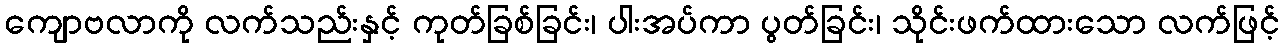
ကျောဗလာကို လက်သည်းနှင့် ကုတ်ခြစ်ခြင်း၊ ပါးအပ်ကာ ပွတ်ခြင်း၊ သိုင်းဖက်ထားသော လက်ဖြင့်